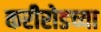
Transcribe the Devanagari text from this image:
करीरोडच्या